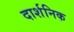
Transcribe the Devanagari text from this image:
दार्शनिक